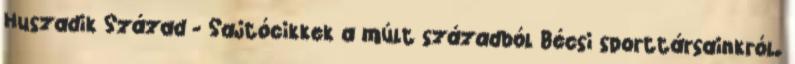
Huszadik Század - Sajtócikkek a múlt századból Bécsi sporttársainkról.